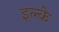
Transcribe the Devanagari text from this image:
इल्‍के